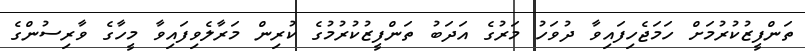
ތަންފީޒުކުރުމަށް ހަމަޖެހިފައިވާ ދުވަހު މަރުގެ އަދަބު ތަންފީޒުކުރުމުގެ ކުރިން މަރާލެވިފައިވާ މީހާގެ ވާރިސުންގެ